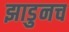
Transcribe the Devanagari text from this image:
झाडुनच